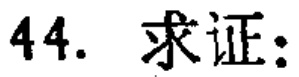
44. 求证：